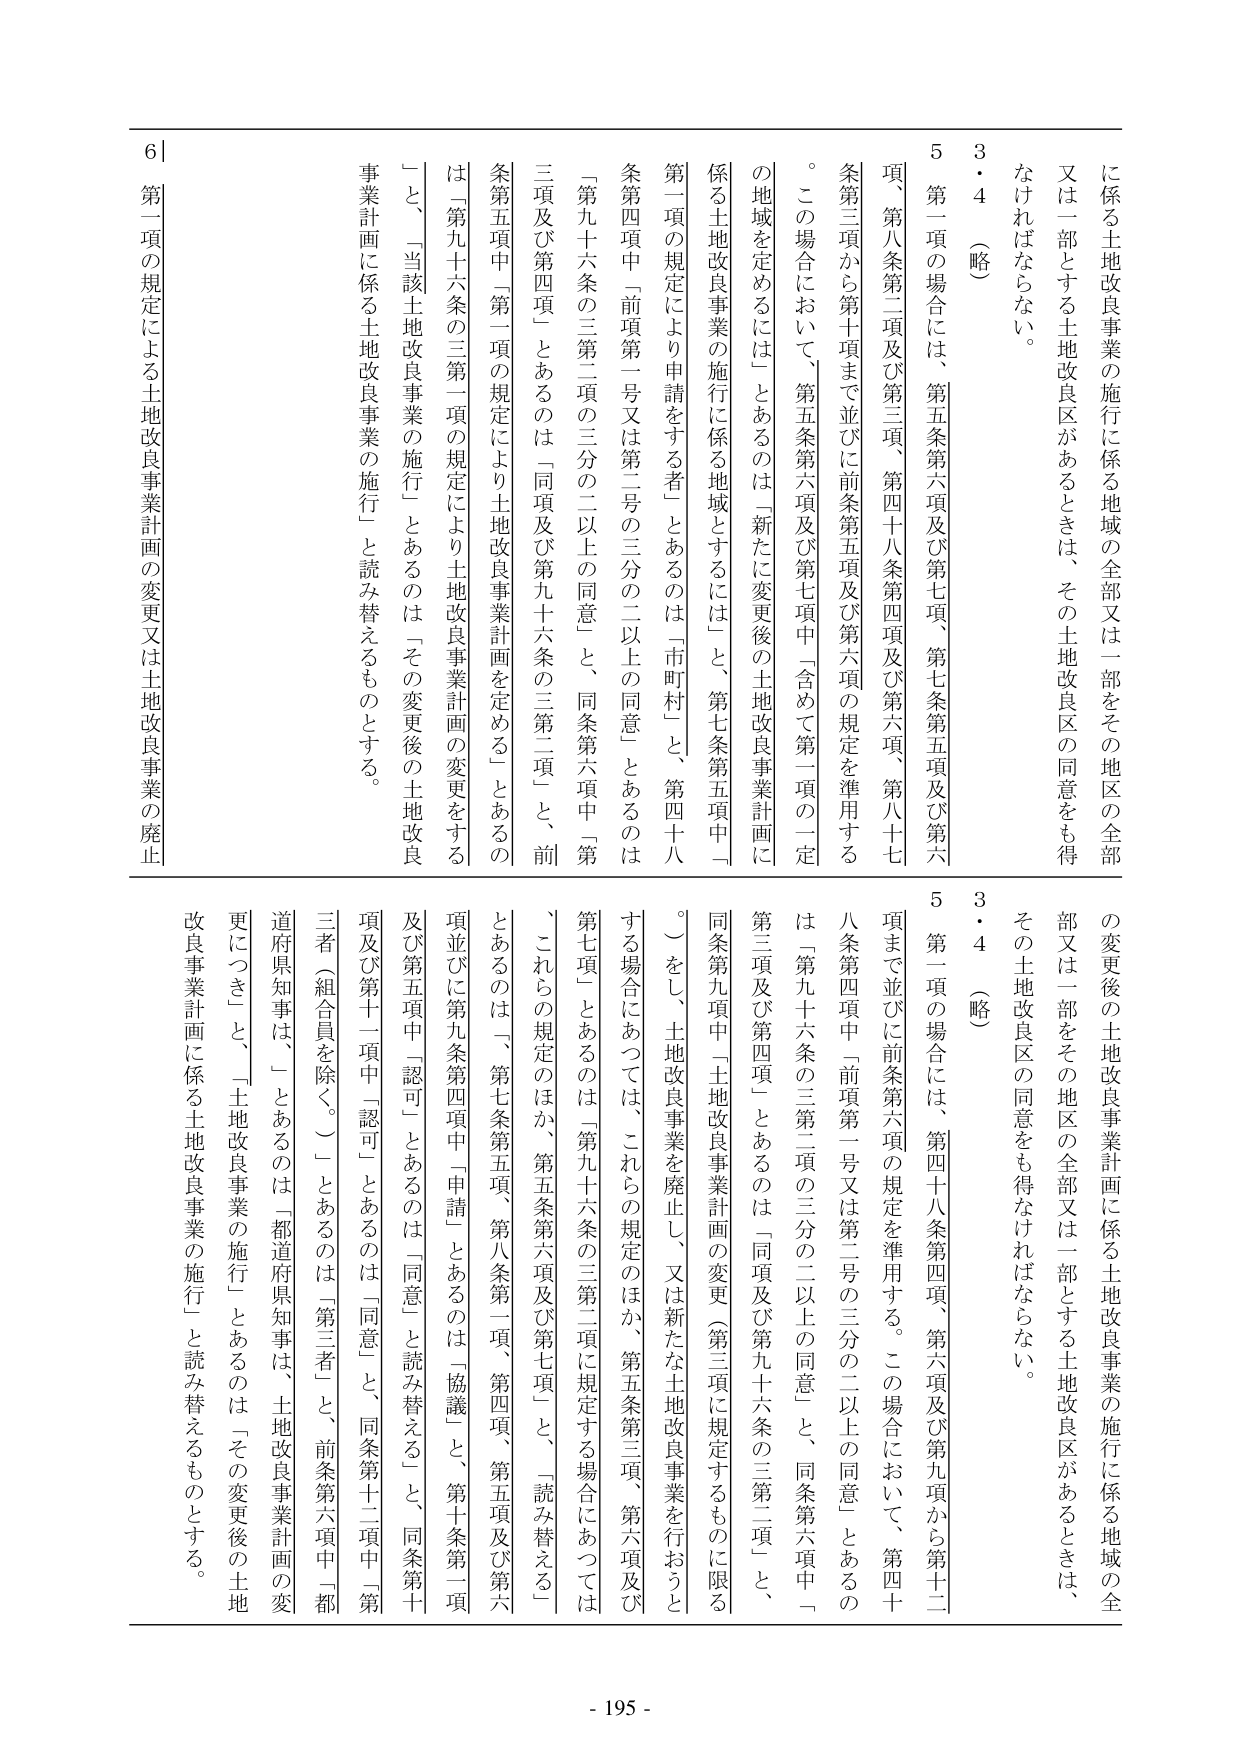
に係る土地改良事業の施行に係る地域の全部又は一部をその地区の全部又は一部とする土地改良区があるときは、その土地改良区の同意を得なければならない。

3・4（略）

5 第一項の場合には、第五条第六項及び第七項、第七条第五項及び第六項、第八条第二項及び第三項、第四十八条第四項及び第六項、第八十七条第三項から第十項まで並びに前条第五項及び第六項の規定を準用する。

この場合において、第五条第六項及び第七項中「含めて第一項の一定の地域を定めるには」とあるのは「新たに変更後の土地改良事業計画に係る土地改良事業の施行に係る地域とするには」と、第七条第五項中「第一項の規定により申請をする者」とあるのは「市町村」と、第四十八条第四項中「前項第一号又は第二号の三分の二以上の同意」とあるのは「第九十六条の三第二項の三分の二以上の同意」と、同条第六項中「第三項及び第四項」とあるのは「同項及び第九十六条の三第二項」と、前条第五項中「第一項の規定により土地改良事業計画を定める」とあるのは「第九十六条の三第一項の規定により土地改良事業計画の変更をする」と、「当該土地改良事業の施行」とあるのは「その変更後の土地改良事業計画に係る土地改良事業の施行」と読み替えるものとする。

第一項の規定による土地改良事業計画の変更又は土地改良事業の廃止

の変更後の土地改良事業計画に係る土地改良事業の施行に係る地域の全部又は一部をその地区の全部又は一部とする土地改良区があるときは、その土地改良区の同意を得なければならない。

3・4（略）

5 第一項の場合には、第四十八条第四項、第六項及び第九項から第十二項まで並びに前条第六項の規定を準用する。この場合において、第四十八条第四項中「前項第一号又は第二号の三分の二以上の同意」とあるのは「第九十六条の三第二項の三分の二以上の同意」と、同条第六項中「第三項及び第四項」とあるのは「同項及び第九十六条の三第二項」と、同条第九項中「土地改良事業計画の変更（第三項に規定するものに限る。）をし、土地改良事業を廃止し、又は新たな土地改良事業を行おうとする場合にあつては、これらの規定のほか、第五条第三項、第六項及び第七項」とあるのは「第九十六条の三第二項に規定する場合にあつては、これらの規定のほか、第五条第六項及び第七項」と、「読み替える」とあるのは「第七条第五項、第八条第一項、第四項、第五項及び第六項並びに第九条第四項中「申請」とあるのは「協議」と、第十条第一項及び第五項中「認可」とあるのは「同意」と読み替える」と、同条第十項及び第十一項中「認可」とあるのは「同意」と、同条第十二項中「第三者（組合員を除く。）」とあるのは「第三者」と、前条第六項中「都道府県知事は、」とあるのは「都道府県知事は、土地改良事業計画の変更につき」と、「土地改良事業の施行」とあるのは「その変更後の土地改良事業計画に係る土地改良事業の施行」と読み替えるものとする。

- 195 -